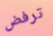
ترفض